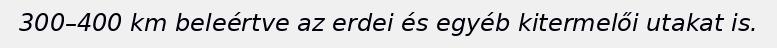
300–400 km beleértve az erdei és egyéb kitermelői utakat is.